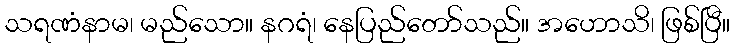
သရဏံနာမ၊ မည်သော။ နဂရံ၊ နေပြည်တော်သည်။ အဟောသိ၊ ဖြစ်ပြီ။